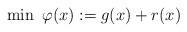
LaTeX: \begin{align*}\min~ \varphi(x) := g(x) + r(x)\end{align*}